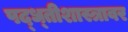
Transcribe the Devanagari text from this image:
पद्ध्तीशास्त्रावर